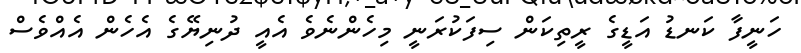
ހަނީފާ ކަނޑު އަޑީގެ ރީތިކަން ސިފަކުރަނީ މިހެންނެވެ އެއީ ދުނިޔޭގެ އެހެން އެއްވެސް